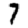
Digit: 7